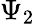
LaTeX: \Psi_{2}